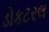
ડોકટરલ